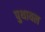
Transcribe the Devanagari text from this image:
पुथायल